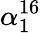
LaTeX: \alpha_{1}^{16}